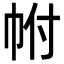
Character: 𢂆